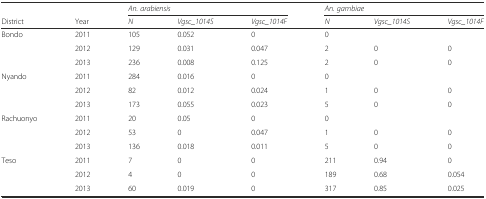
<table><thead><tr><td></td><td></td><td colspan="3"><b><i>An. arabiensis</i></b></td><td colspan="3"><b><i>An. gambiae</i></b></td></tr><tr><td><b>District</b></td><td><b>Year</b></td><td><b><i>N</i></b></td><td><b><i>Vgsc_1014S</i></b></td><td><b><i>Vgsc_1014F</i></b></td><td><b><i>N</i></b></td><td><b><i>Vgsc_1014S</i></b></td><td><b><i>Vgsc_1014F</i></b></td></tr></thead><tbody><tr><td rowspan="3">Bondo</td><td>2011</td><td>105</td><td>0.052</td><td>0</td><td>0</td><td></td><td></td></tr><tr><td>2012</td><td>129</td><td>0.031</td><td>0.047</td><td>2</td><td>0</td><td>0</td></tr><tr><td>2013</td><td>236</td><td>0.008</td><td>0.125</td><td>2</td><td>0</td><td>0</td></tr><tr><td rowspan="3">Nyando</td><td>2011</td><td>284</td><td>0.016</td><td>0</td><td>0</td><td></td><td></td></tr><tr><td>2012</td><td>82</td><td>0.012</td><td>0.024</td><td>1</td><td>0</td><td>0</td></tr><tr><td>2013</td><td>173</td><td>0.055</td><td>0.023</td><td>5</td><td>0</td><td>0</td></tr><tr><td rowspan="3">Rachuonyo</td><td>2011</td><td>20</td><td>0.05</td><td>0</td><td>0</td><td></td><td></td></tr><tr><td>2012</td><td>53</td><td>0</td><td>0.047</td><td>1</td><td>0</td><td>0</td></tr><tr><td>2013</td><td>136</td><td>0.018</td><td>0.011</td><td>5</td><td>0</td><td>0</td></tr><tr><td rowspan="3">Teso</td><td>2011</td><td>7</td><td>0</td><td>0</td><td>211</td><td>0.94</td><td>0</td></tr><tr><td>2012</td><td>4</td><td>0</td><td>0</td><td>189</td><td>0.68</td><td>0.054</td></tr><tr><td>2013</td><td>60</td><td>0.019</td><td>0</td><td>317</td><td>0.85</td><td>0.025</td></tr></tbody></table>